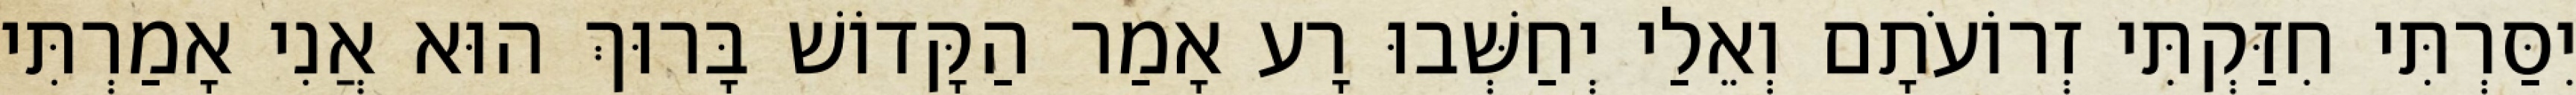
יִסַּרְתִּי חִזַּקְתִּי זְרוֹעֹתָם וְאֵלַי יְחַשְּׁבוּ רָע אָמַר הַקָּדוֹשׁ בָּרוּךְ הוּא אֲנִי אָמַרְתִּי